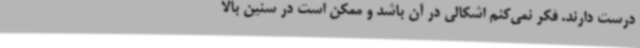
درست دارند. فکر نمی‌کنم اشکالی در آن باشد و ممکن است در سنین بالا